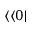
\langle \langle 0 |